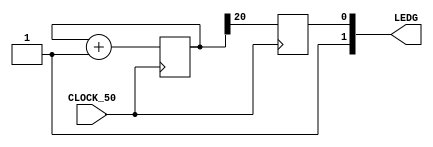
// Quick blinking a LED

/* module */
module blinking (

    input CLOCK_50,
    output [1:0] LEDG
    
);

    /* reg */
    reg data1 = 1'b1;
    reg [32:0] counter;
    reg state;
    
    /* assign */
    assign LEDG[0] = state;
    assign LEDG[1] = data1;
    
    /* always */
    always @ (posedge CLOCK_50) begin
        counter <= counter + 1;
        state <= counter[20]; // <------ data to change
    end

endmodule